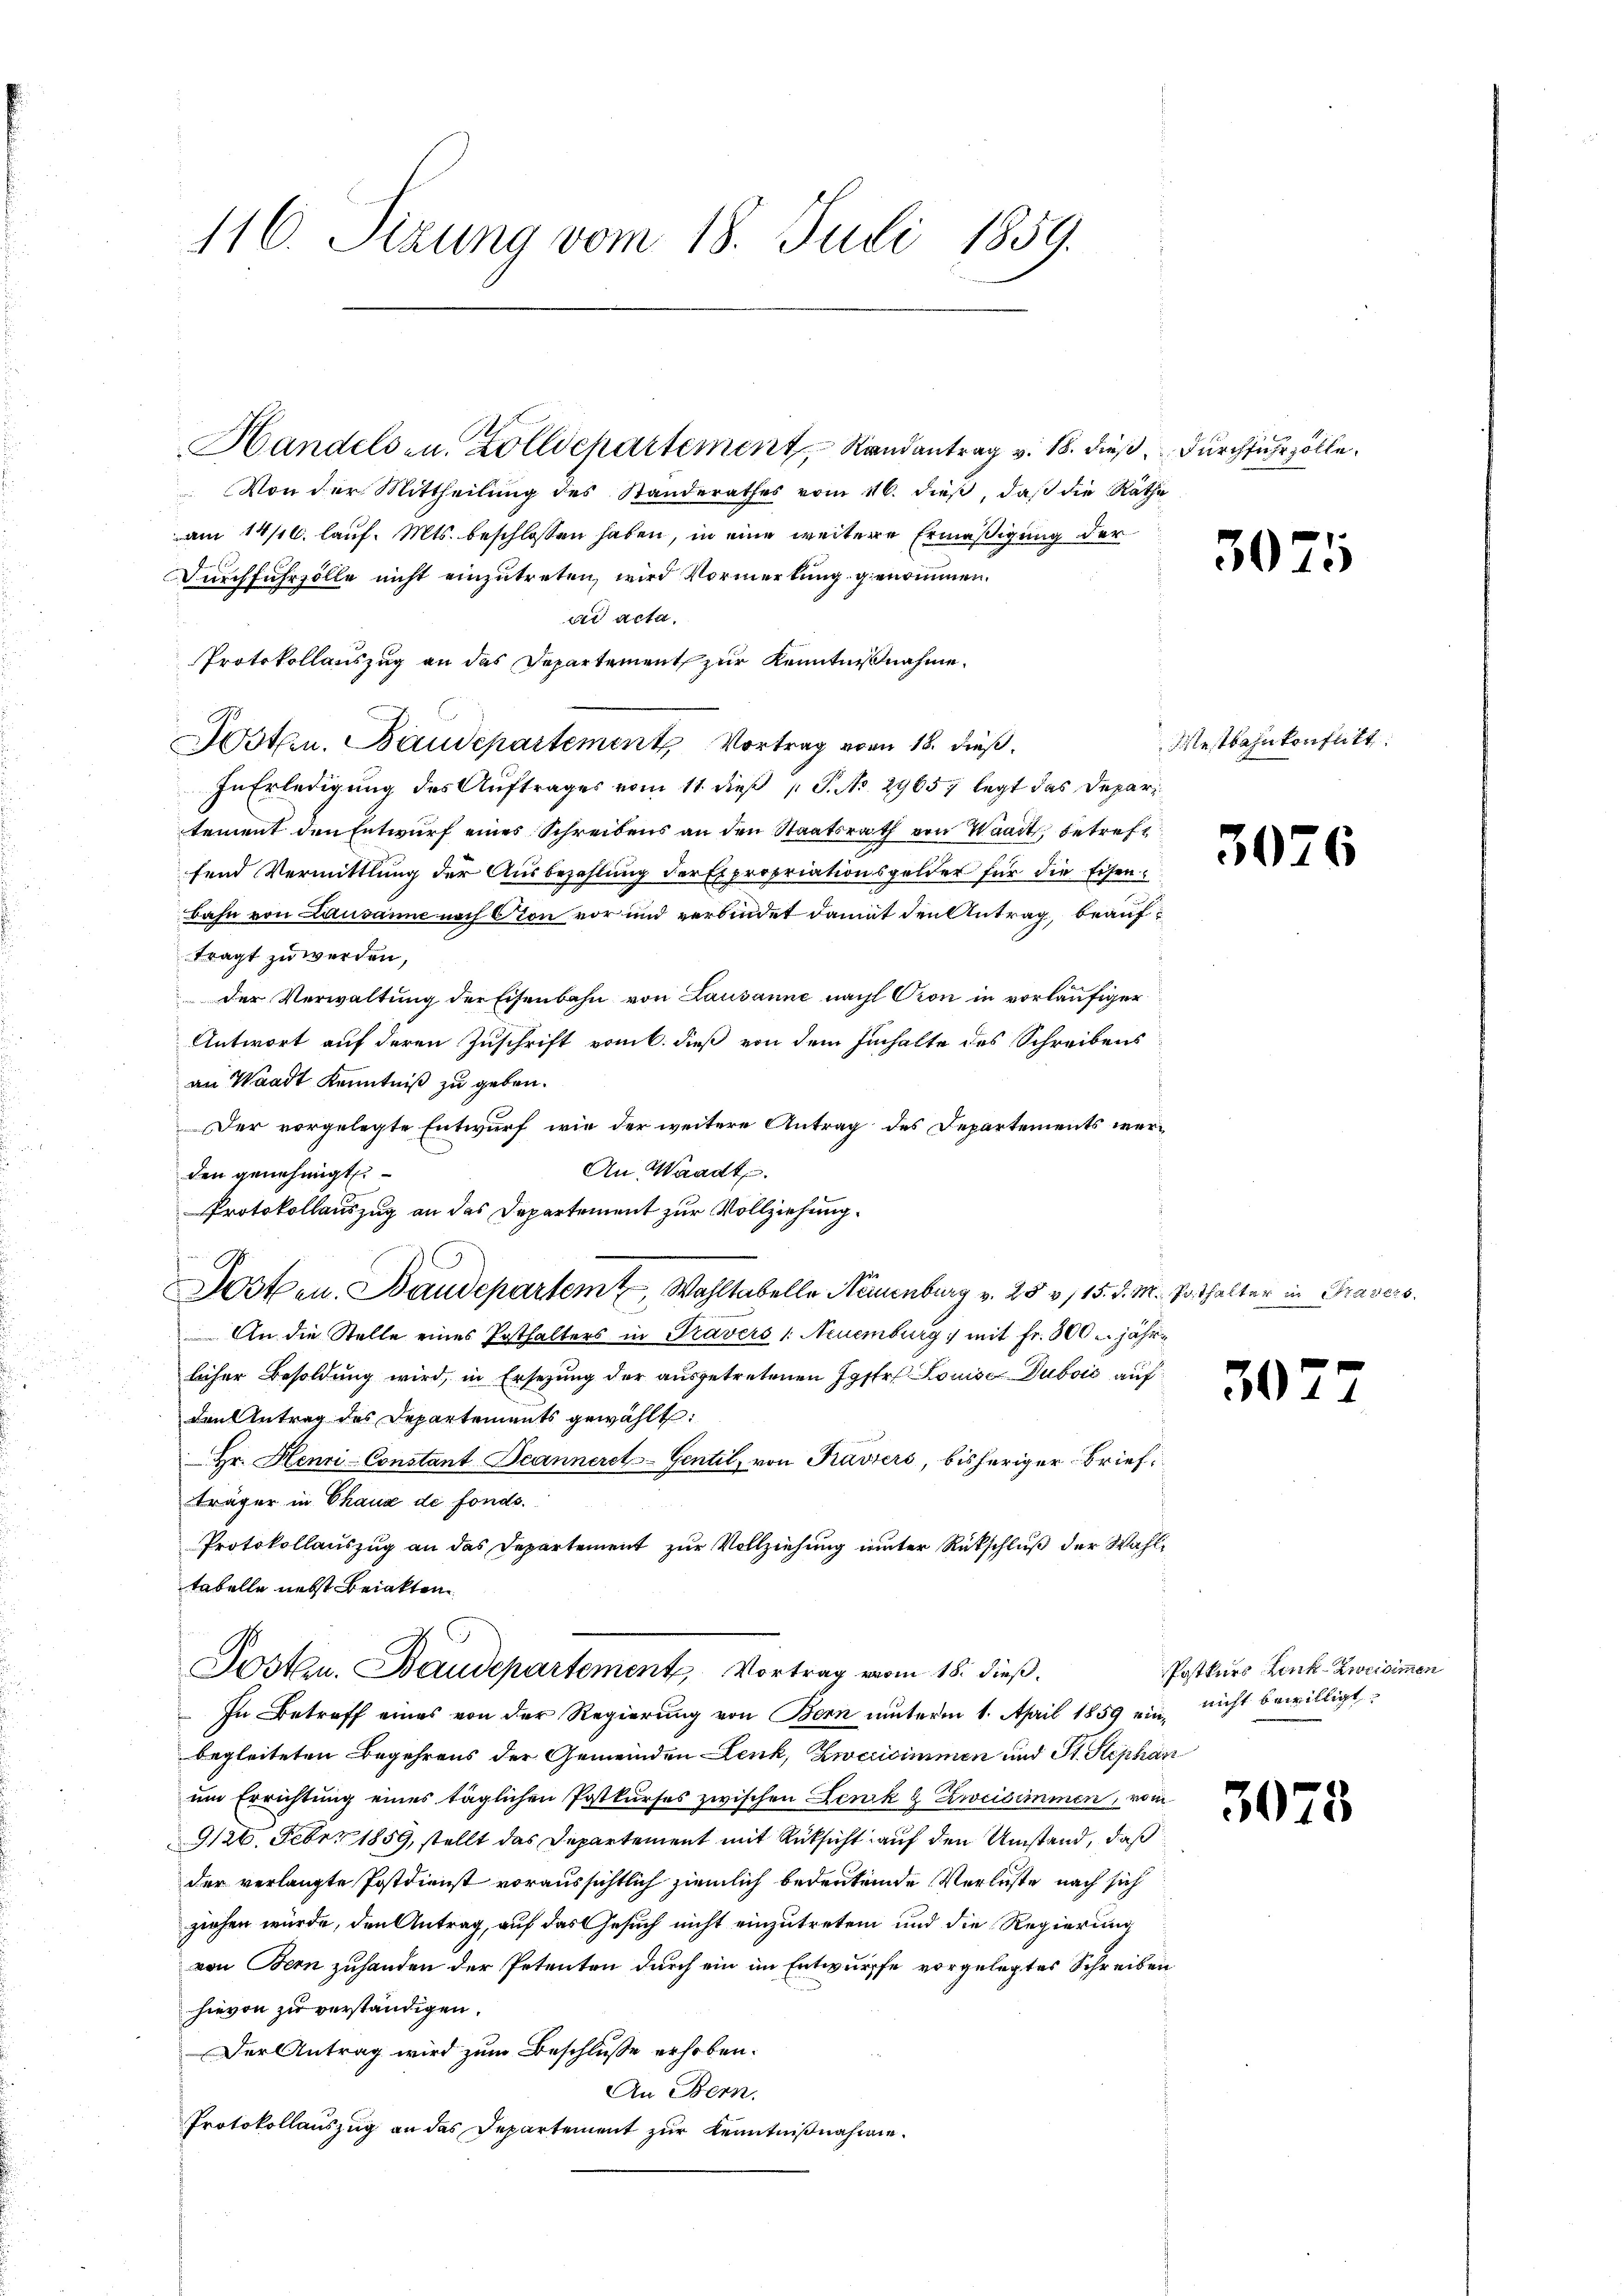
116. Sizung vom 18. Juli 1859.

Handels- u. Zolldepartement Randantrag v. 18. dieß, durchfuhrzolle.
Von der Mittheilung des Standerathes vom 16. dieß, daß die Räthe
am 14/16. lauf. Mts. beschlossen haben, in eine weitere Ermäßigung der
Durchfuhrzolle nicht einzutreten, wird Vormerkung genommen.
ad acta.
Protokollauszug an das Departement zur Kenntnißnahme.
Posten. Baudepartement Vortrag vom 18. dieß,
In Erledigung des Auftrages vom 11. dieß P. Nr. 2965, legt das Departement den Entwurf eines Schreibens an den Staatsrath von Waadt, betreff
fend Vermittlung der Ausbezahlung der Expropriationsgelder für die Eisenbahn von Lausanne nach von vor und verbindet damit den Antrag, beauftragt zu werden,
der Verwaltung der Eisenbahn von Lausanne nach Pion in vorläufiger
Antwort auf deren Zuschrift vom 6. dieß von dem Inhalte des Schreibens
an Waadt Kenntniß zu geben.
Der vorgelegte Entwurf, wie der weitere Antrag des Departements wer¬
An Waadt.
den genehmigt.
Protokollauszug an das Departement zur Vollziehung.
C
Kosten. Baudepartem Wohltabelle Neuenburg v. 25 v. 115. d. M. Parthalter in Travers
An die Stelle eines Posthalters in Travers /: Neuenburg mit Fr. 300 u. jährlicher Besoldung wird, in Ersezung der ausgetretenen Gastr. Louise Dubois auf
den Antrag des Departements gewählt:
Hr. Henri-Constant Jeanneret-Gentil, von Fraviers, bisheriger Briefträger in Thaux de fonds.
Protokollauszug an das Departement zur Vollziehung unter Rückschluß der Wahltabelle nebst Beiakten
Posten. Baudepartement, Vortrag vom 18. dieß.
In Betreff eines von der Regierung von Bern unterm 1. April 1859 ein, nicht bewilligt
begleiteten Begehrens der Gemeinden Lenk, Zwecisimmen und St. Stephan
um Errichtung eines täglichen Postkurses zwischen Lenk & Zweisimmen, vom
9126. Feber 1859, stellt das Departement mit Rüksicht auf den Umstand, daß
der verlangte Postdienst voraussichtlich ziemlich bedeutende Verluste nach sich
ziehen würde, den Antrag, auf das Gesuch nicht einzutreten und die Regierung
von Bern zuhanden der Petenten durch ein im Entwurffe vorgelegtes Schreiben
hievon zu verständigen.
Der Antrag wird zum Beschluße erhoben.
An Bern.
Protokollauszug an das Departement zur Kenntnißnahmen.

3075

Mestbahnkonflikt

3076

30

Postkurs Lenk-Zweisimmen

3075